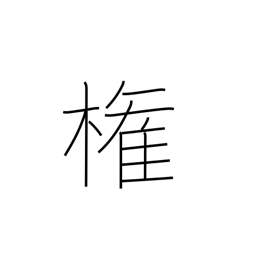
Meaning: authority